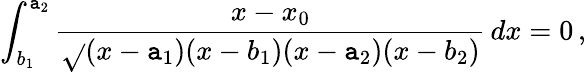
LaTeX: \int_{b_{1}}^{\mathtt{a}_{2}}\frac{{x-x_{0}}}{{\sqrt{}{{(x-\mathtt{a}_{1})(x-b_{1})(x-\mathtt{a}_{2})(x-b_{2})}}}}\, dx=0\, ,